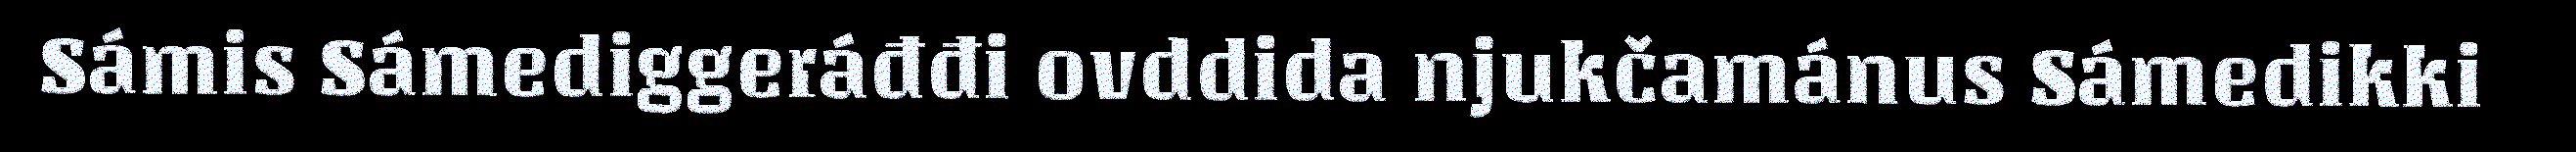
Sámis Sámediggeráđđi ovddida njukčamánus Sámedikki